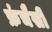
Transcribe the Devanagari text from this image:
फ्रंचैसी